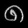
Digit: ၈